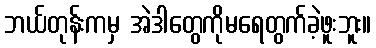
ဘယ်တုန်းကမှ အဲဒါတွေကိုမရေတွက်ခဲ့ဖူးဘူး။